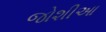
જોશીઆ